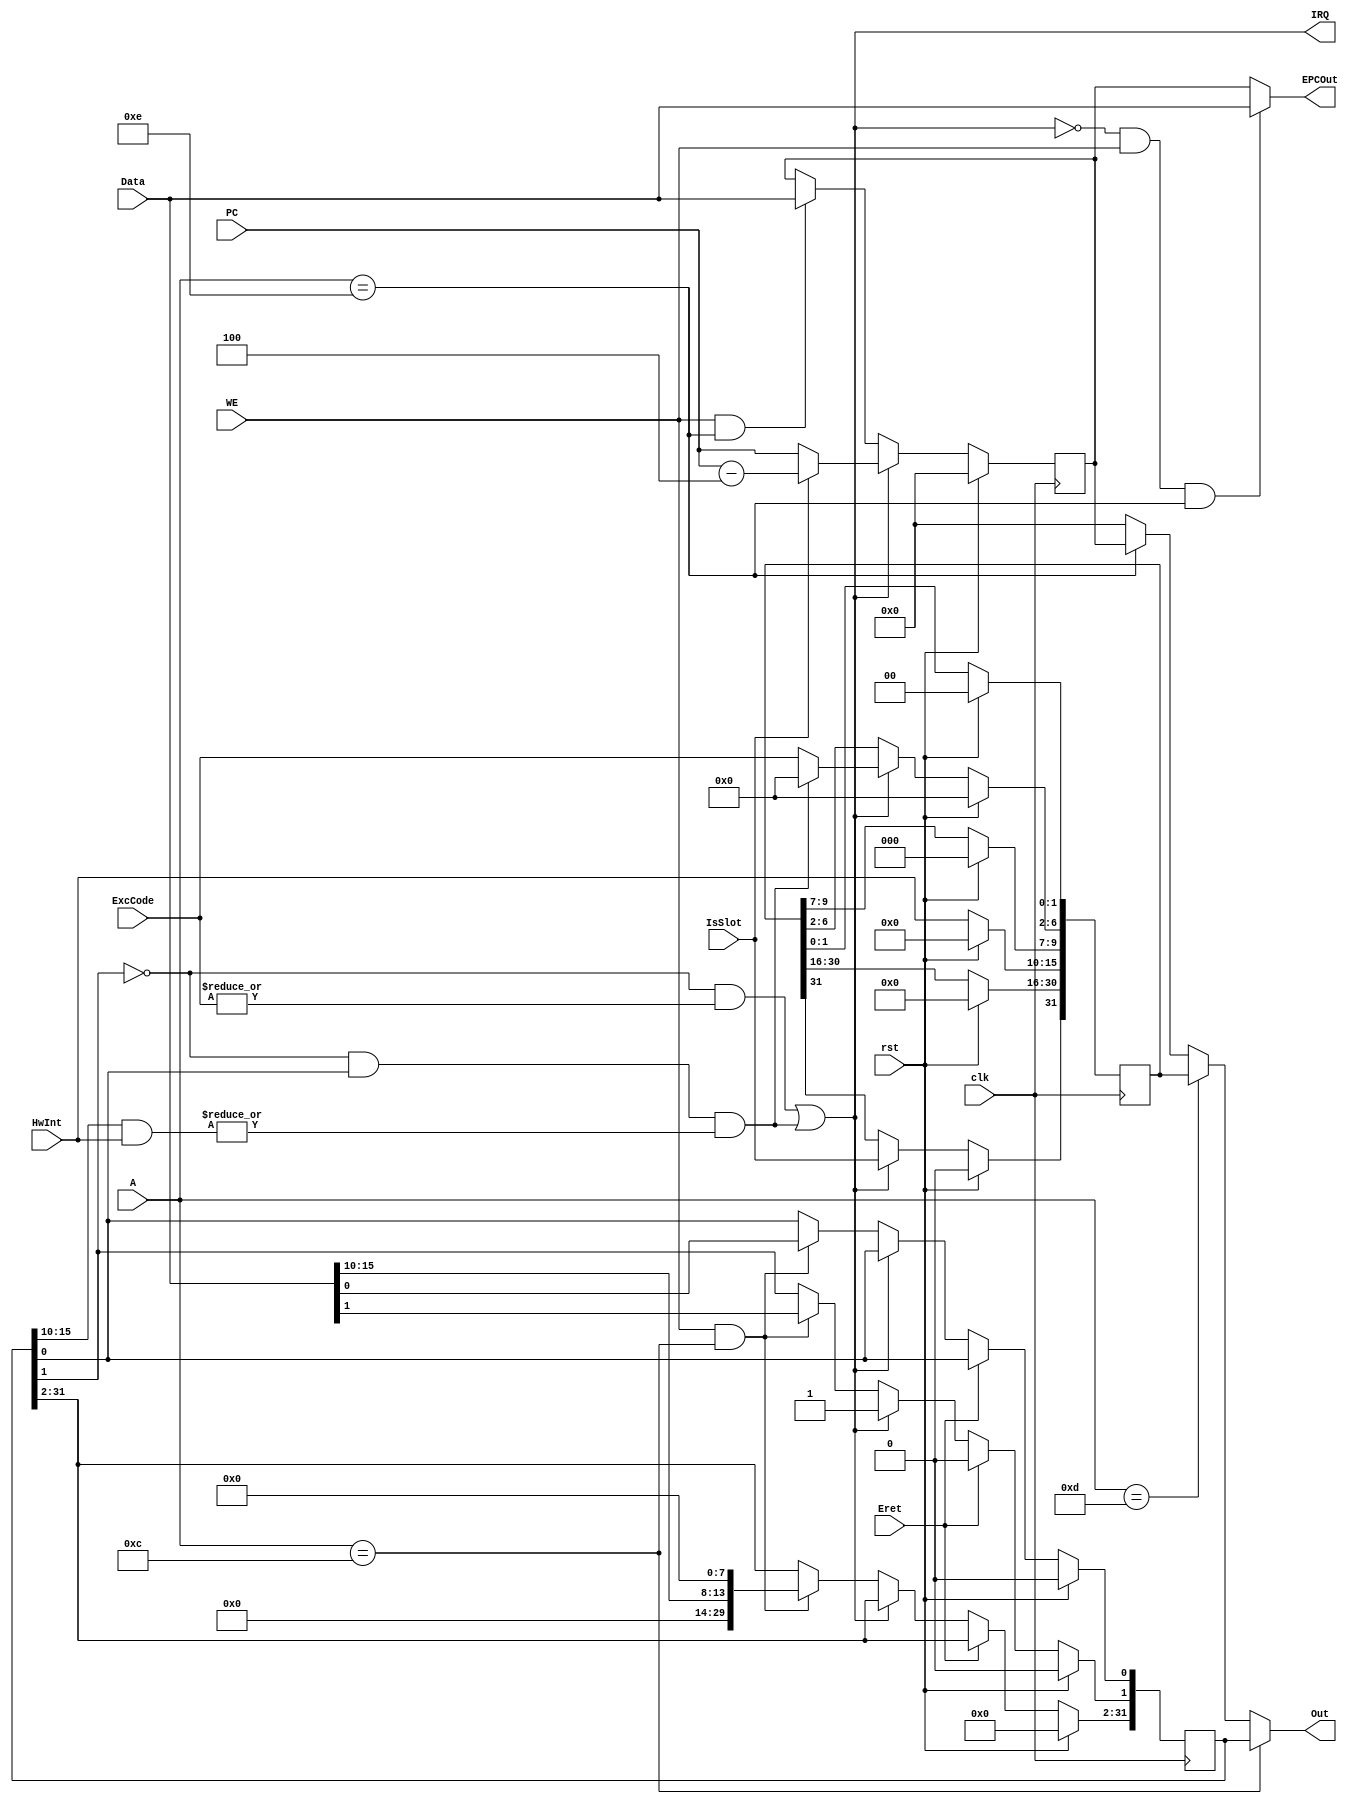
`timescale 1ns / 1ps

module Coprocessor0(
    input clk,
    input rst,
    input WE,
    input [4:0] A,
    input [31:0] Data,
    output reg [31:0] Out,
    input [31:0] PC,
    input IsSlot,
    input [4:0] ExcCode,
    input [5:0] HwInt,
    input Eret,
    output [31:0] EPCOut,
    output IRQ
    );

    reg [31:0] SR, Cause, EPC;
    
    wire ExcIRQ = !(SR[1]) && (|ExcCode);
    wire HwIRQ = !(SR[1]) && SR[0] && (|(SR[15:10] & HwInt));
    assign IRQ = ExcIRQ || HwIRQ;
    
    assign EPCOut = (!IRQ && WE && A==5'd14) ? Data : EPC; //EPC internal forwarding
    
    always@(*) begin
        if(A==5'd12) Out = SR;
        else if(A==5'd13) Out = Cause;
        else if(A==5'd14) Out = EPC;
        else Out = 0;
    end

    always@(posedge clk) begin //SR zone
        if(rst) SR <= 0;
        else begin
            if(Eret) SR[1] <= 0; //Reset EXL
            else if(IRQ) SR[1] <= 1'b1; //Set EXL
            else if(WE && A==5'd12) SR <= {16'b0, Data[15:10], 8'b0, Data[1:0]};
        end
    end
    
    always@(posedge clk) begin //Cause zone
        if(rst) Cause <= 0;
        else begin
            Cause[15:10] <= HwInt; //Update IP
            if(IRQ) begin
                Cause[31] <= IsSlot; //Update BD
                Cause[6:2] <= HwIRQ ? 5'b0 : ExcCode; //Update ExcCode, interrupt first
            end
        end
    end
    
    always@(posedge clk) begin //EPC zone
        if(rst) EPC <= 0;
        else begin
            if(IRQ) EPC <= IsSlot ? (PC - 32'd4) : PC; //Update EPC
            else if(WE && A==5'd14) EPC <= Data;
        end
    end

endmodule